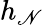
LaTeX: h_{\mathscr{N}}